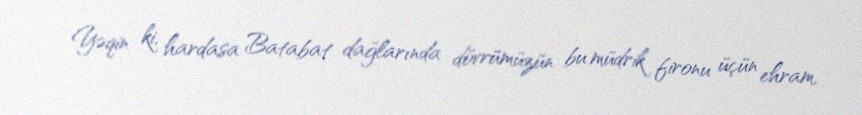
Yəqin ki, hardasa Batabat dağlarında dövrümüzün bu müdrik fironu üçün ehram,